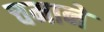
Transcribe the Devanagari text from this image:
चमाने